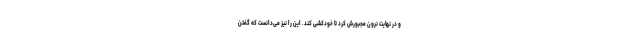
و در نهایت نرون مجبورش کرد تا خودکشی کند. این را نیز می‌دانست که گفتن